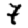
Digit: 7